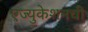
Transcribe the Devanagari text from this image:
एज्युकेशनची